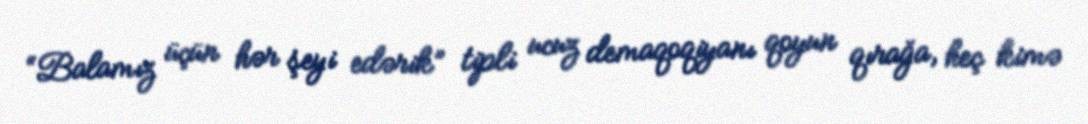
“Balamız üçün hər şeyi edərik” tipli ucuz demaqoqiyanı qoyun qırağa, heç kimə